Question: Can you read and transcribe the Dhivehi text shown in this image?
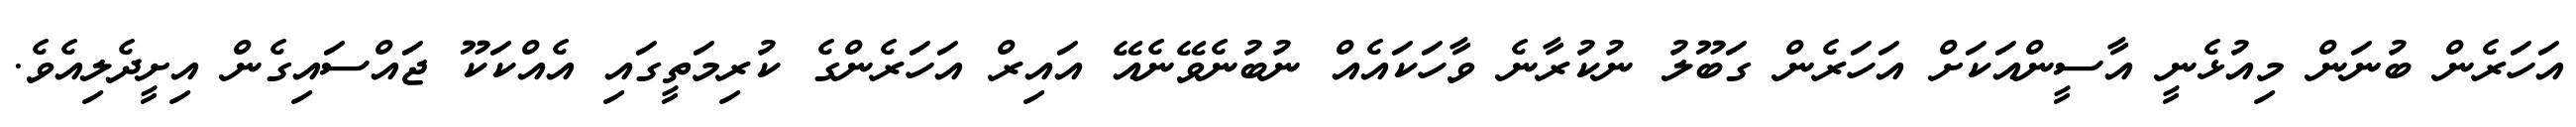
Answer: އަހަރެން ބުނަން މިއުޅެނީ އާސީންއަކަށް އަހަރެން ގަބޫލު ނުކުރާނެ ވާހަކައެއް ނުބުނެވޭނެއޭ އައިރް އަހަރެންގެ ކުރިމަތީގައި އެއްކަކޫ ޖައްސައިގެން އިށީދެލިއެވެ.